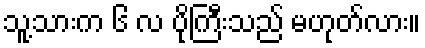
သူ့သားက ၆ လ ပိုကြီးသည် မဟုတ်လား။